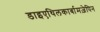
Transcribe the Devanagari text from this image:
डाइएथिलकार्बामज़ेपिन